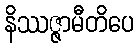
နိဿဇ္ဇာမီတိပေ